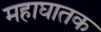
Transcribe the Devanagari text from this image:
महाघातक